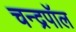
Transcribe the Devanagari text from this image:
चन्द्रपॉल